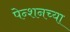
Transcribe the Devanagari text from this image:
पेन्शनच्या